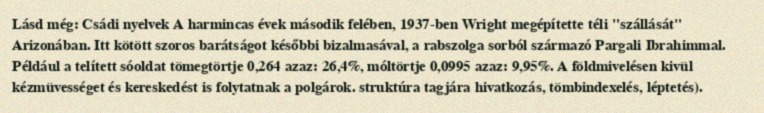
Lásd még: Csádi nyelvek A harmincas évek második felében, 1937-ben Wright megépítette téli "szállását" Arizonában. Itt kötött szoros barátságot későbbi bizalmasával, a rabszolga sorból származó Pargali Ibrahimmal. Például a telített sóoldat tömegtörtje 0,264 azaz: 26,4%, móltörtje 0,0995 azaz: 9,95%. A földmivelésen kivül kézmüvességet és kereskedést is folytatnak a polgárok. struktúra tagjára hivatkozás, tömbindexelés, léptetés).